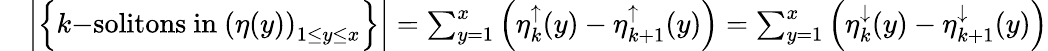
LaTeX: \begin{array}{rl}&{\left|\left\{ k\mathrm{-solitons~in~}\left(\eta(y)\right)_{1\le y\le x}\right\} \right|=\sum_{y=1}^{x}\left(\eta_{k}^{\uparrow}(y)-\eta_{k+1}^{\uparrow}(y)\right)=\sum_{y=1}^{x}\left(\eta_{k}^{\downarrow}(y)-\eta_{k+1}^{\downarrow}(y)\right)}\end{array}